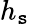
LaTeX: h_{\mathtt{s}}